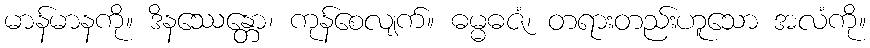
မာန်မာနကို။ ဒိနဿေန္တော၊ ကုန်စေလျက်။ ဓမ္မဓဇံ၊ တရားတည်းဟူသော အလံကို။